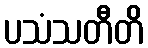
ပသံသတီတိ